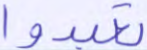
تعبدوا